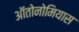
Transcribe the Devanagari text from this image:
ऑतोनोमियास